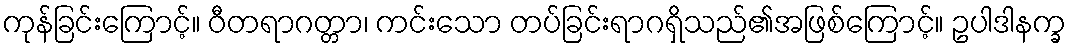
ကုန်ခြင်းကြောင့်။ ဝီတရာဂတ္တာ၊ ကင်းသော တပ်ခြင်းရာဂရှိသည်၏အဖြစ်ကြောင့်။ ဥပါဒါနက္ခ